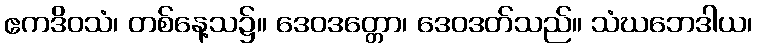
ဧကဒိဝသံ၊ တစ်နေ့သ၌။ ဒေဝဒတ္တော၊ ဒေဝဒတ်သည်။ သံဃဘေဒါယ၊